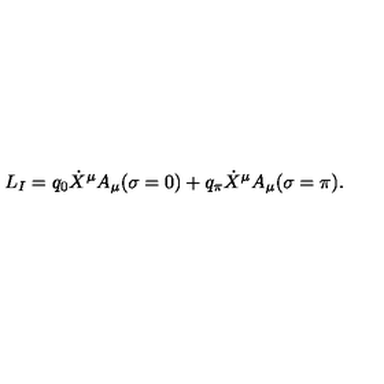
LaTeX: L _ { I } = q _ { 0 } \dot { X } ^ { \mu } A _ { \mu } ( \sigma = 0 ) + q _ { \pi } \dot { X } ^ { \mu } A _ { \mu } ( \sigma = \pi ) .